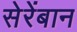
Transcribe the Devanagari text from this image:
सेरेंबान